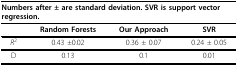
| <COLSPAN=4> Numbers after ± are standard deviation. SVR is support vector regression. |
 | --- | --- | --- | --- |
 |  | Random Forests | Our Approach | SVR |
 | R2 | 0.43 ±0.02 | 0.36 ± 0.07 | 0.24 ± 0.05 |
 | D | 0.13 | 0.1 | 0.01 |